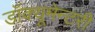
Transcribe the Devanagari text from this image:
डॉक्यूमेन्टरी